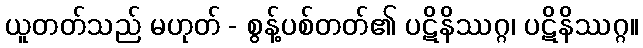
ယူတတ်သည် မဟုတ် - စွန့်ပစ်တတ်၏ ပဋိနိဿဂ္ဂ၊ ပဋိနိဿဂ္ဂ။